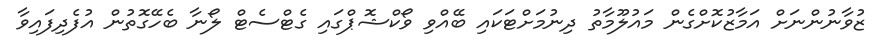
ޒުވާނުންނަށް އަމާޒުކޮށްގެން މައުލޫމާތު ދިނުމަށްޓަކައި ބޭއްވި ވޯކްޝޮޕްގައި ގެޓްސެޓް ލޯނާ ބެހޭގޮތުން އުފެދިފައިވާ